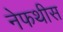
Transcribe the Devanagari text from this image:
नेफथीस